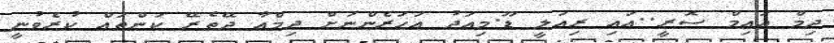
ދިމް އައިމް ސޮރީ..އައި ރިއަލީ ޑޫ.މިއަދު އަހަރެންނަށް ދިމްއާ ދޭތެރޭ ކަންތައް ކުރެވުނީ